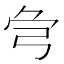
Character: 𢏃